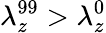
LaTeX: \lambda_{z}^{99}>\lambda_{z}^{0}